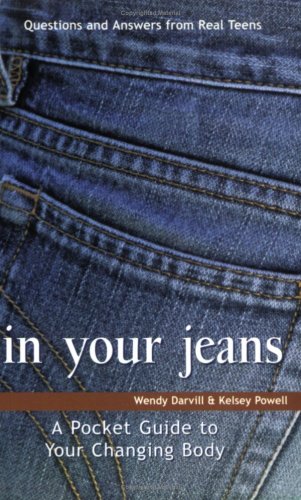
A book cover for In Your Jeans: A Pocket Guide to Your Changing Body; Wendy Darvill; Teen & Young Adult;